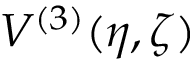
V ^ { ( 3 ) } ( \eta , \zeta )